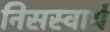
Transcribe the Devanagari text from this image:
निसस्वार्थ